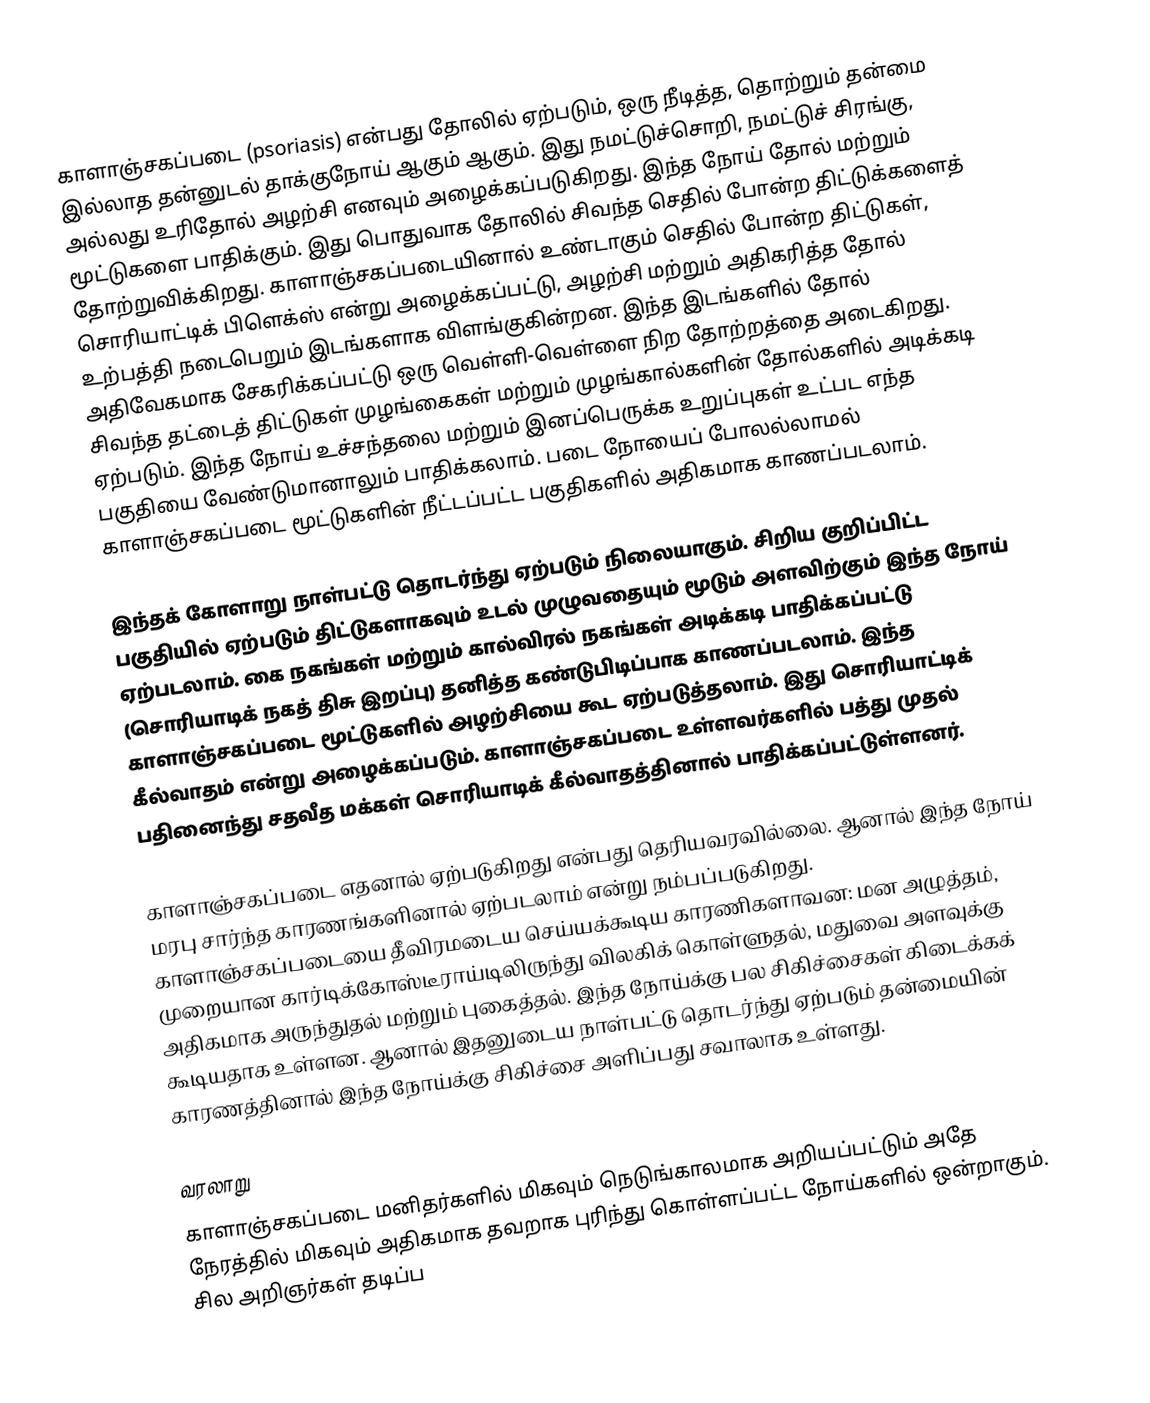
காளாஞ்சகப்படை (psoriasis) என்பது தோலில் ஏற்படும், ஒரு நீடித்த, தொற்றும் தன்மை இல்லாத தன்னுடல் தாக்குநோய் ஆகும் ஆகும். இது நமட்டுச்சொறி, நமட்டுச் சிரங்கு, அல்லது உரிதோல் அழற்சி எனவும் அழைக்கப்படுகிறது. இந்த நோய் தோல் மற்றும் மூட்டுகளை பாதிக்கும். இது பொதுவாக தோலில் சிவந்த செதில் போன்ற திட்டுக்களைத் தோற்றுவிக்கிறது. காளாஞ்சகப்படையினால் உண்டாகும் செதில் போன்ற திட்டுகள், சொரியாட்டிக் பிளெக்ஸ் என்று அழைக்கப்பட்டு, அழற்சி மற்றும் அதிகரித்த தோல் உற்பத்தி நடைபெறும் இடங்களாக விளங்குகின்றன. இந்த இடங்களில் தோல் அதிவேகமாக சேகரிக்கப்பட்டு ஒரு வெள்ளி-வெள்ளை நிற தோற்றத்தை அடைகிறது. சிவந்த தட்டைத் திட்டுகள் முழங்கைகள் மற்றும் முழங்கால்களின் தோல்களில் அடிக்கடி ஏற்படும். இந்த நோய் உச்சந்தலை மற்றும் இனப்பெருக்க உறுப்புகள் உட்பட எந்த பகுதியை வேண்டுமானாலும் பாதிக்கலாம். படை நோயைப் போலல்லாமல் காளாஞ்சகப்படை மூட்டுகளின் நீட்டப்பட்ட பகுதிகளில் அதிகமாக காணப்படலாம்.

இந்தக் கோளாறு நாள்பட்டு தொடர்ந்து ஏற்படும் நிலையாகும். சிறிய குறிப்பிட்ட பகுதியில் ஏற்படும் திட்டுகளாகவும் உடல் முழுவதையும் மூடும் அளவிற்கும் இந்த நோய் ஏற்படலாம். கை நகங்கள் மற்றும் கால்விரல் நகங்கள் அடிக்கடி பாதிக்கப்பட்டு (சொரியாடிக் நகத் திசு இறப்பு) தனித்த கண்டுபிடிப்பாக காணப்படலாம். இந்த காளாஞ்சகப்படை மூட்டுகளில் அழற்சியை கூட ஏற்படுத்தலாம். இது சொரியாட்டிக் கீல்வாதம் என்று அழைக்கப்படும். காளாஞ்சகப்படை உள்ளவர்களில் பத்து முதல் பதினைந்து சதவீத மக்கள் சொரியாடிக் கீல்வாதத்தினால் பாதிக்கப்பட்டுள்ளனர்.

காளாஞ்சகப்படை எதனால் ஏற்படுகிறது என்பது தெரியவரவில்லை. ஆனால் இந்த நோய் மரபு சார்ந்த காரணங்களினால் ஏற்படலாம் என்று நம்பப்படுகிறது. காளாஞ்சகப்படையை தீவிரமடைய செய்யக்கூடிய காரணிகளாவன: மன அழுத்தம், முறையான கார்டிக்கோஸ்டீராய்டிலிருந்து விலகிக் கொள்ளுதல், மதுவை அளவுக்கு அதிகமாக அருந்துதல் மற்றும் புகைத்தல். இந்த நோய்க்கு பல சிகிச்சைகள் கிடைக்கக் கூடியதாக உள்ளன. ஆனால் இதனுடைய நாள்பட்டு தொடர்ந்து ஏற்படும் தன்மையின் காரணத்தினால் இந்த நோய்க்கு சிகிச்சை அளிப்பது சவாலாக உள்ளது.

வரலாறு
காளாஞ்சகப்படை மனிதர்களில் மிகவும் நெடுங்காலமாக அறியப்பட்டும் அதே நேரத்தில் மிகவும் அதிகமாக தவறாக புரிந்து கொள்ளப்பட்ட நோய்களில் ஒன்றாகும். சில அறிஞர்கள் தடிப்ப